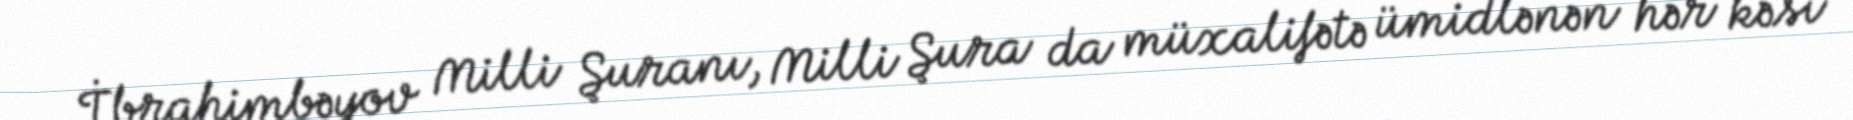
İbrahimbəyov Milli Şuranı, Milli Şura da müxalifətə ümidlənən hər kəsi